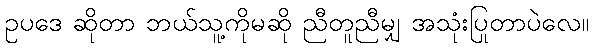
ဥပဒေ ဆိုတာ ဘယ်သူ့ကိုမဆို ညီတူညီမျှ အသုံးပြုတာပဲလေ။